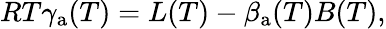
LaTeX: RT\gamma_{\mathrm{a}}(T)=L(T)-\beta_{\mathrm{a}}(T)B(T),